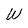
Character: W